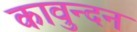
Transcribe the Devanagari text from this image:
कावुन्दन